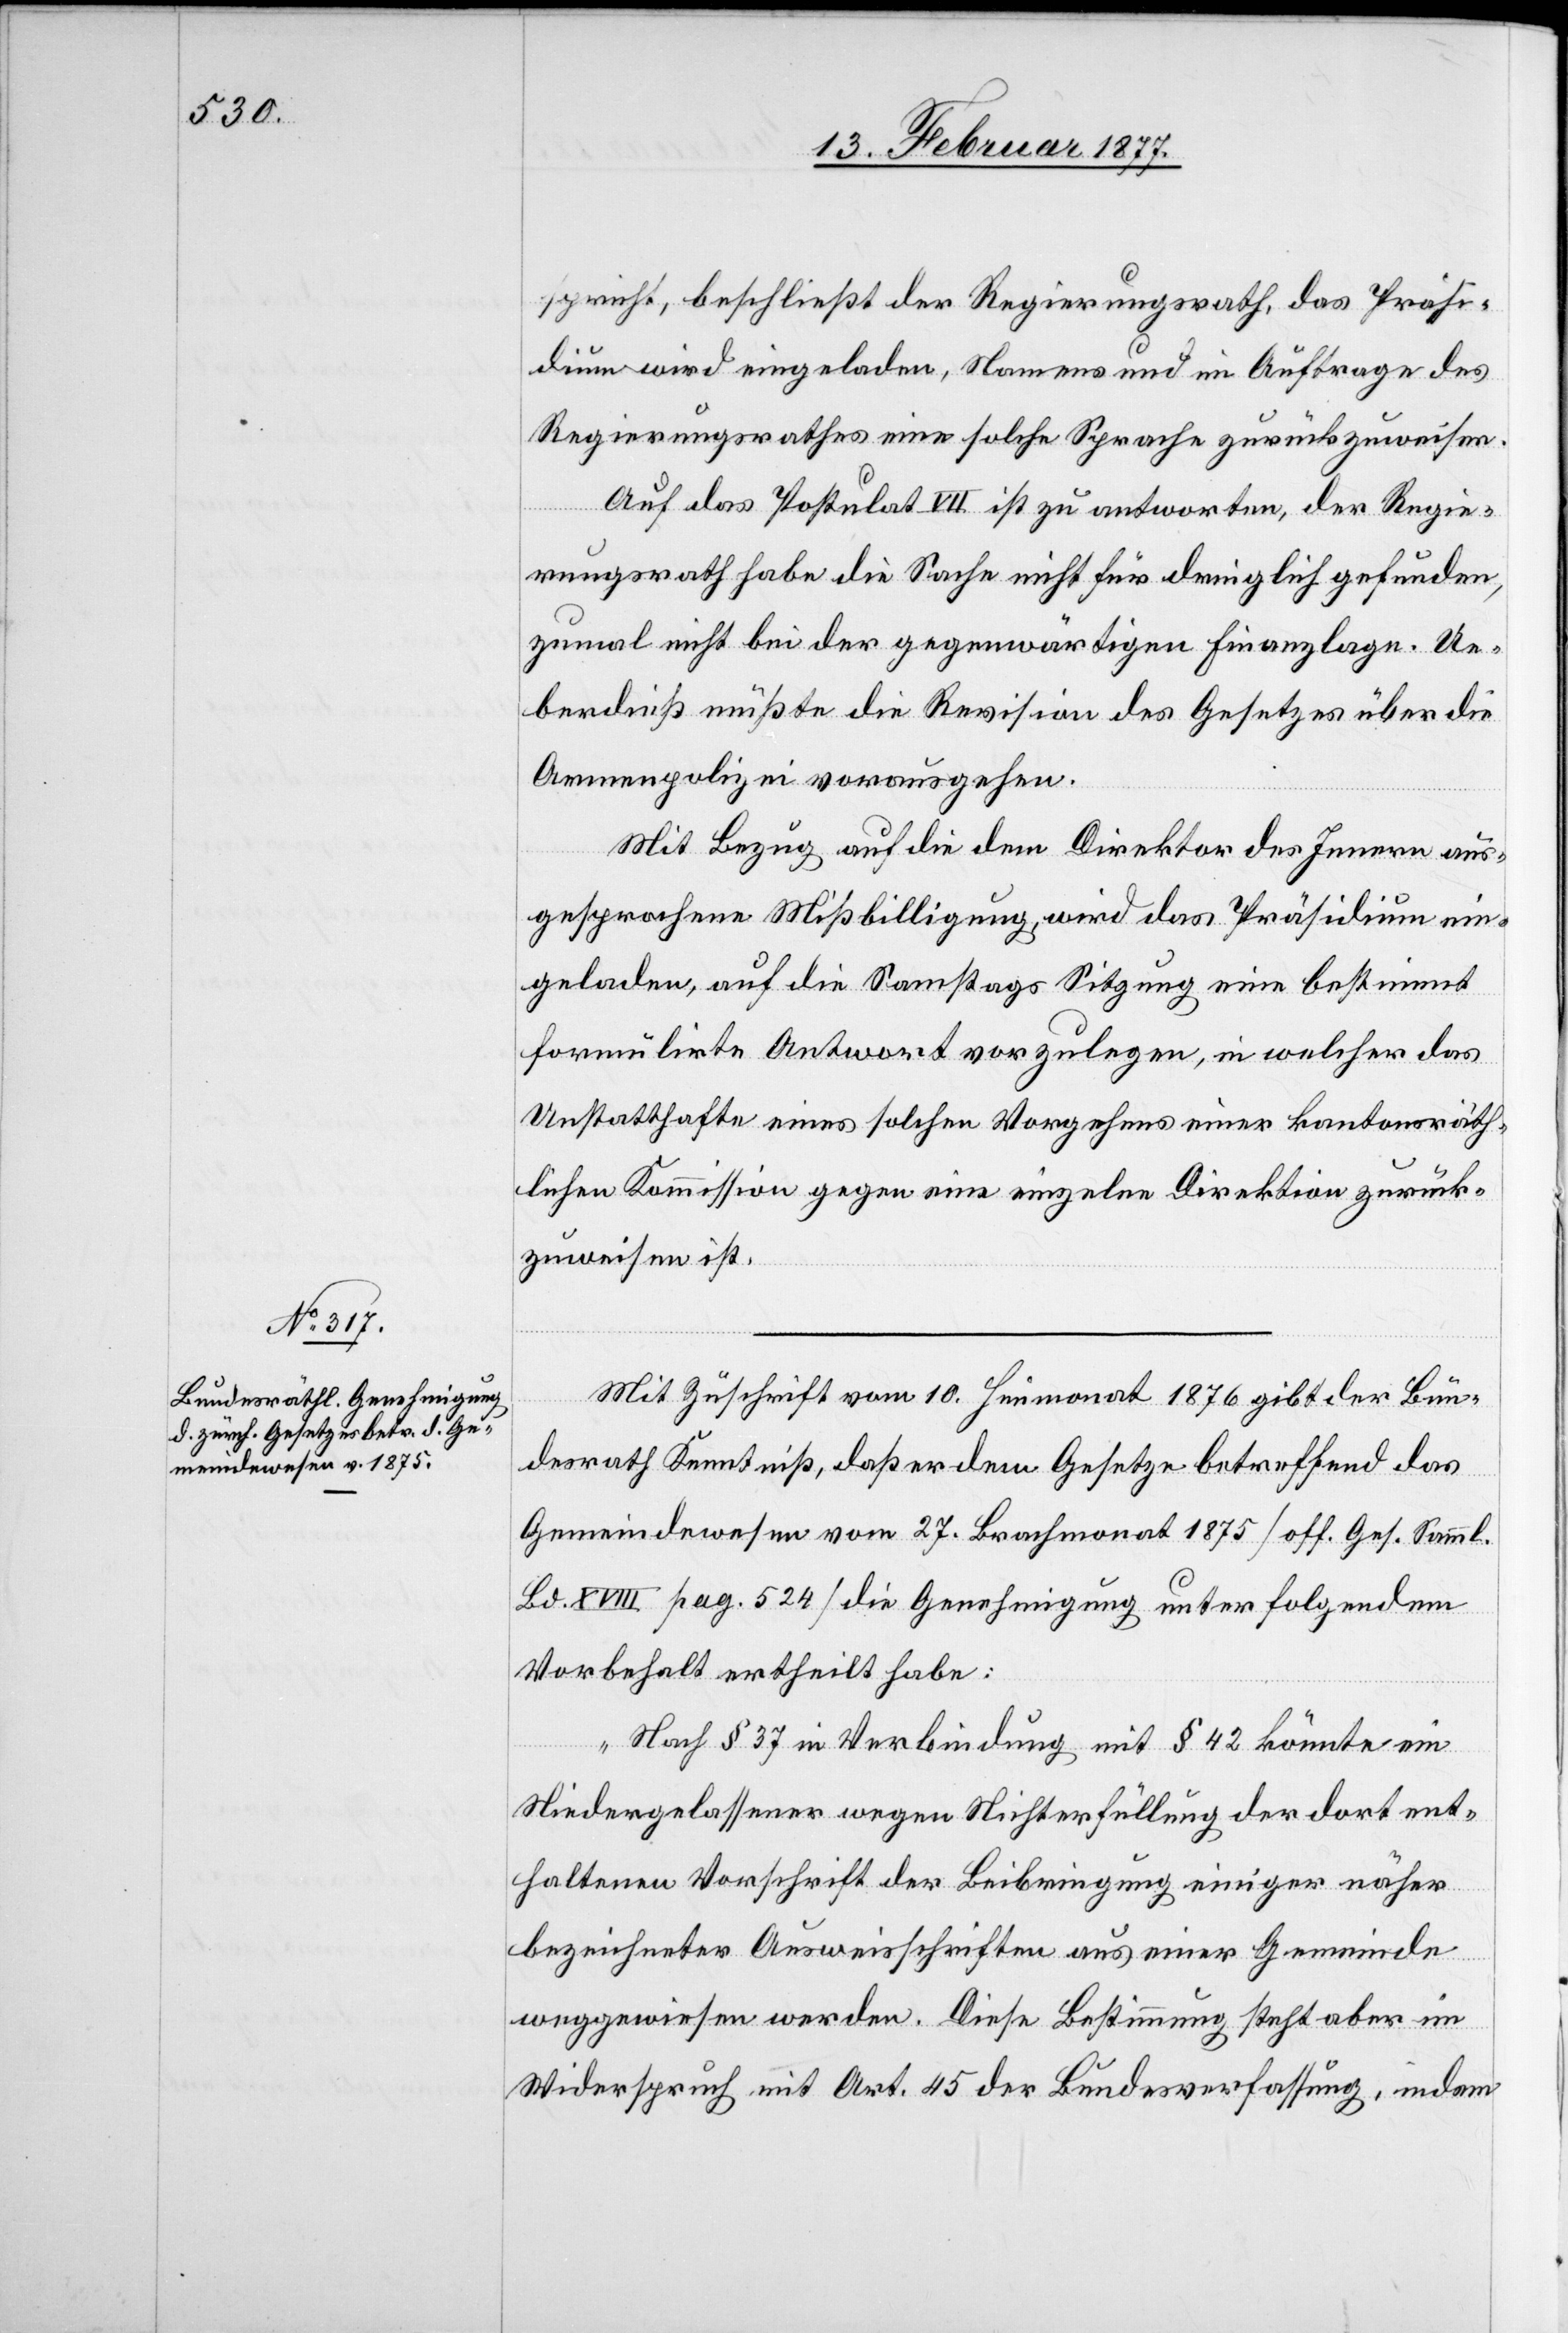
spricht, beschließt der Regierungsrath, das Präsi¬
dium wird eingeladen, Namens und im Auftrage des
Regierungsrathes eine solche Sprache zurückzuweisen.
Auf das Postulat VII ist zu antworten, der Regie¬
rungsrath habe die Sache nicht für dringlich gefunden,
zumal nicht bei der gegenwärtigen Finanzlage. Ue¬
berdieß müßte die Revision des Gesetzes über die
Armenpolizei vorausgehen.
Mit Bezug auf die dem Direktor des Innern aus¬
gesprochene Mißbilligung, wird das Präsidium ein¬
geladen, auf die Samstags Sitzung eine bestimmt
formulirte Antwort vorzulegen, in welcher das
Unstatthafte eines solchen Vorgehens einer kantonsräth¬
lichen Kommission gegen eine einzelne Direktion zurück¬
zuweisen ist.
Mit Zuschrift vom 10. Heumonat 1876 gibt der Bun¬
desrath Kenntniß, daß er dem Gesetze betreffend das
Gemeindewesen vom 27. Brachmonat 1875 [off. Ges. Samml.
XVIII pag. 524] die Genehmigung unter folgendem
Vorbehalt ertheilt habe:
„Nach § 37 in Verbindung mit § 42 könnte ein
Niedergelassener wegen Nichterfüllung der dort ent¬
haltenen Vorschrift der Beibringung einiger näher
bezeichneter Ausweisschriften aus einer Gemeinde
weggewiesen werden. Diese Bestimmung steht aber im
Wiederspruch mit Art. 45 der Bundesverfassung, indem